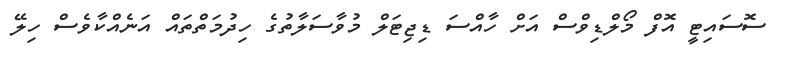
ސޮސައިޓީ އޮފް މޯލްޑިވްސް އަށް ހާއްސަ ޑިޖިޓަލް މުވާސަލާތުގެ ހިދުމަތްތައް އަނެއްކާވެސް ހިލޭ